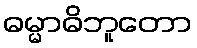
ဓမ္မာဓိဘူတော